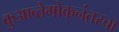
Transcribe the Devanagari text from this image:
कुआव्तेमोकनंतरचा